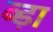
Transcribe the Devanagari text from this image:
ब्ड़ा